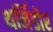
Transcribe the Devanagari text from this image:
थर्मिडोर